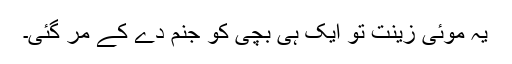
یہ موئی زینت تو ایک ہی بچی کو جنم دے کے مر گئی۔